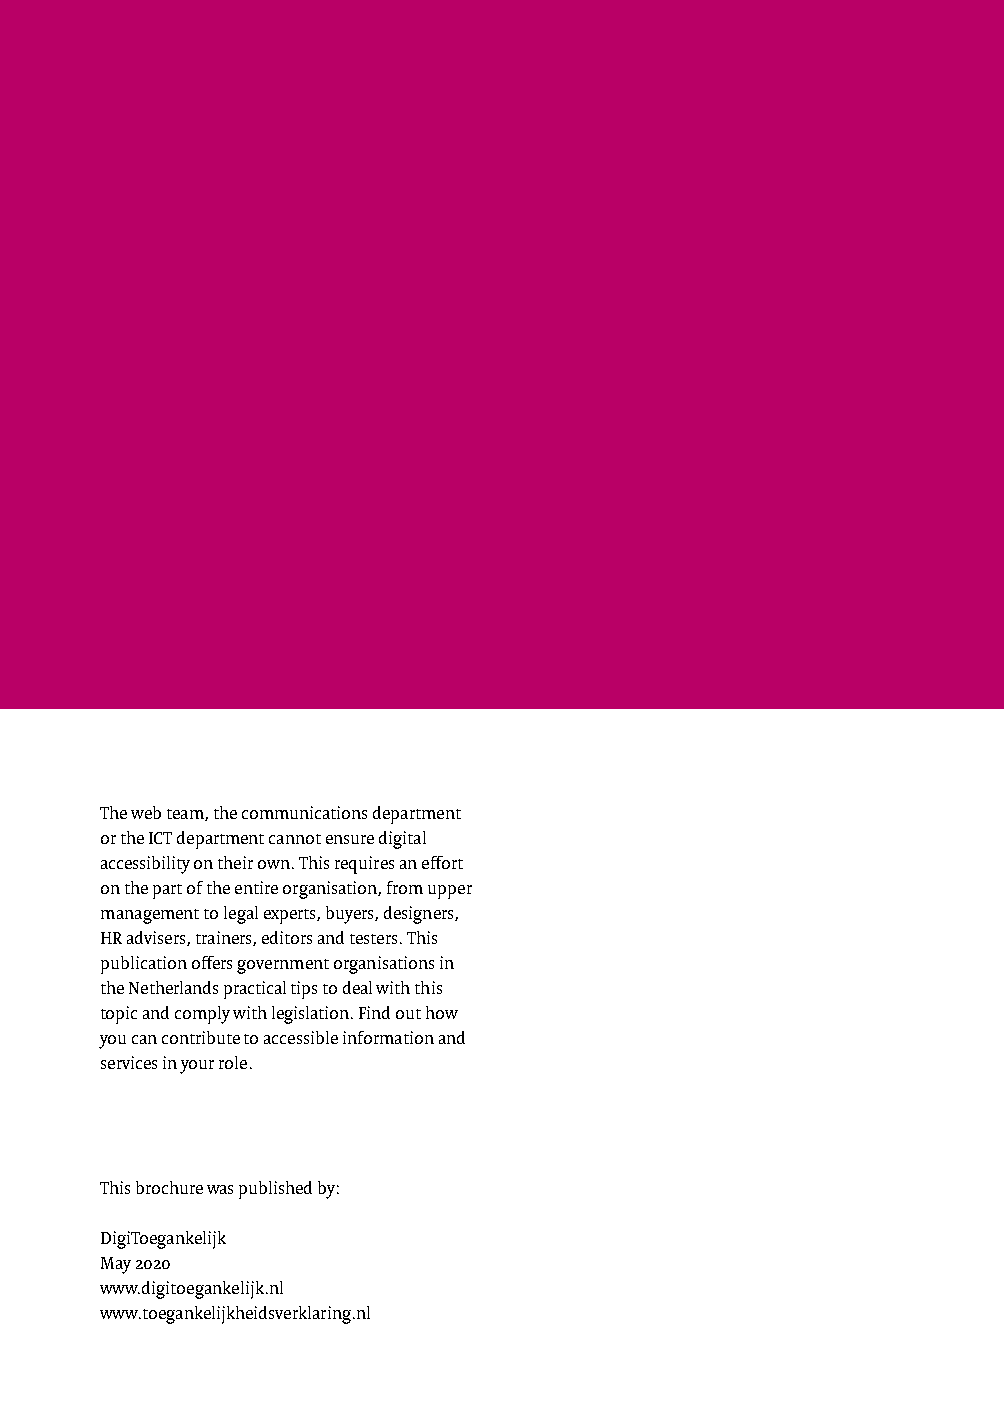
The web team, the communications department
 or the ICT department cannot ensure digital
 accessibility on their own. This requires an effort
 on the part of the entire organisation, from upper
 management to legal experts, buyers, designers,
 HR advisers, trainers, editors and testers. This
 publication offers government organisations in
 the Netherlands practical tips to deal with this
 topic and comply with legislation. Find out how
 you can contribute to accessible information and
 services in your role.
 This brochure was published by:
 DigiToegankelijk
 May 2020
 www.digitoegankelijk.nl
 www.toegankelijkheidsverklaring.nl